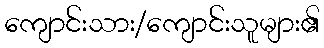
ကျောင်းသား/ကျောင်းသူများ၏